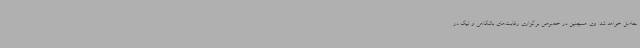
حاصل خواهد شد. وی همچنین در خصوص برگزاری رقابت‌های باشگاهی و لیگ در